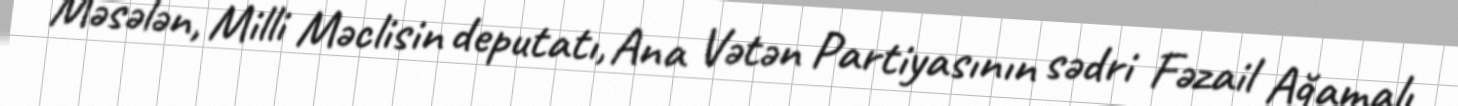
Məsələn, Milli Məclisin deputatı, Ana Vətən Partiyasının sədri Fəzail Ağamalı